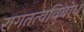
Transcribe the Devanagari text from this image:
रागतत्वविबोध